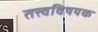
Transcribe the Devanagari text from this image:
तत्त्वविषयक